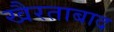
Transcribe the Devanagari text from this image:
खैरताबाद